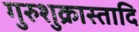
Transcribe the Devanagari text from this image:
गुरुशुक्रास्तादि